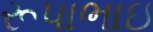
રૂપાભાઇ